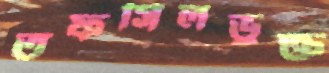
তফসিলভুক্ত